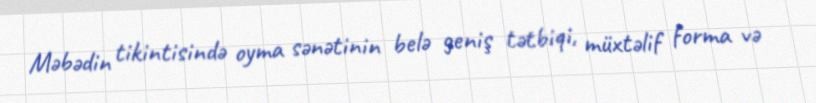
Məbədin tikintisində oyma sənətinin belə geniş tətbiqi, müxtəlif forma və